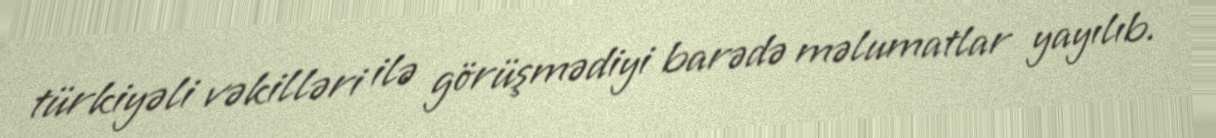
türkiyəli vəkilləri ilə görüşmədiyi barədə məlumatlar yayılıb.